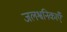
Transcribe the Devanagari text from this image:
जलश्वनिकाएँ